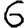
Digit: 6